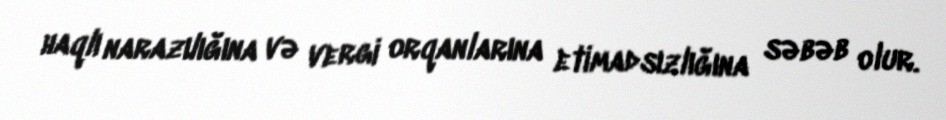
haqlı narazılığına və vergi orqanlarına etimadsızlığına səbəb olur.